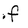
Character: f